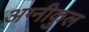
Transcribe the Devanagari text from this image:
अग्‍नीकुल